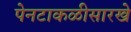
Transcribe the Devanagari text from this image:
पेनटाकळीसारखे